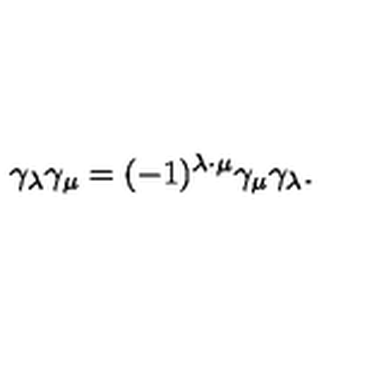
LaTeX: \gamma _ { \lambda } \gamma _ { \mu } = ( - 1 ) ^ { \lambda \cdot \mu } \gamma _ { \mu } \gamma _ { \lambda } .